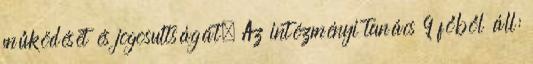
működését és jogosultságát. Az intézményi tanács 9 főből áll: